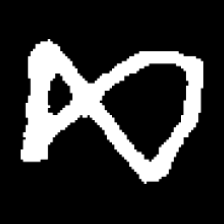
Pyu character \u2014 Myanmar letter: ဆ (romanized: cha)